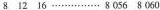
8 12 16 …………… 8 056 8 060